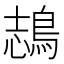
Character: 𪁓